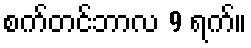
စက်တင်ဘာလ 9 ရက်။